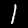
Label: 1